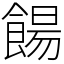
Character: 餳